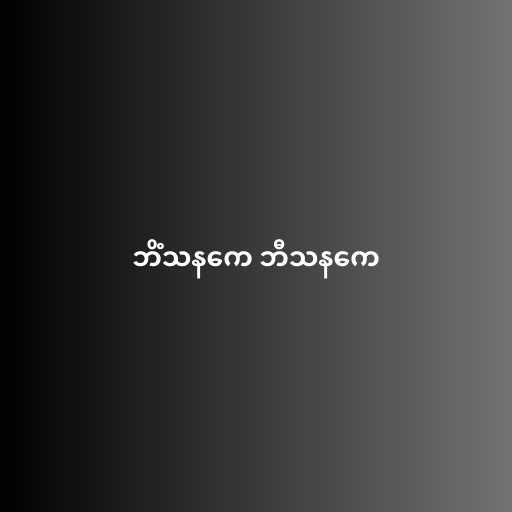
ဘိံသနကေ ဘီသနကေ